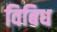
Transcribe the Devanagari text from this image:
विबिध